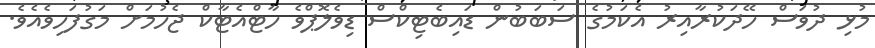
މުޅި ދުވަސް ހޭދަކުރާއިރު އެކަމުގެ ސަބަބުން ޑައިބެޓިކްސް ޑިވެލޮޕްވެ ހާޓްއެޓާކް ޖެހުމަށް މަގުފަހިވެއެވެ.